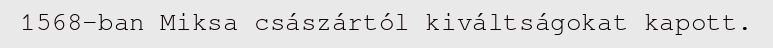
1568-ban Miksa császártól kiváltságokat kapott.